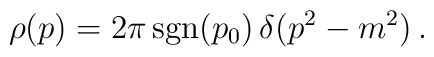
\rho(p)= 2\pi\, {\rm sgn}(p_0) \,\delta(p^2-m^2)\, .